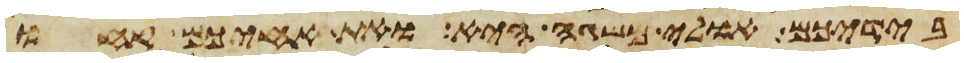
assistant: בידיכם אולי משגה היא ואת אחיכם קחו